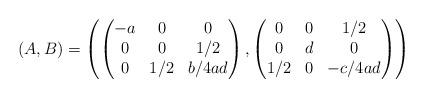
LaTeX: \begin{align*} (A,B) = \left(\begin{pmatrix}-a & 0 & 0\\0 & 0 & 1/2\\0 & 1/2 & b/4ad\end{pmatrix},\begin{pmatrix}0 & 0 & 1/2\\0 & d & 0\\1/2 & 0 & -c/4ad\end{pmatrix}\right)\end{align*}